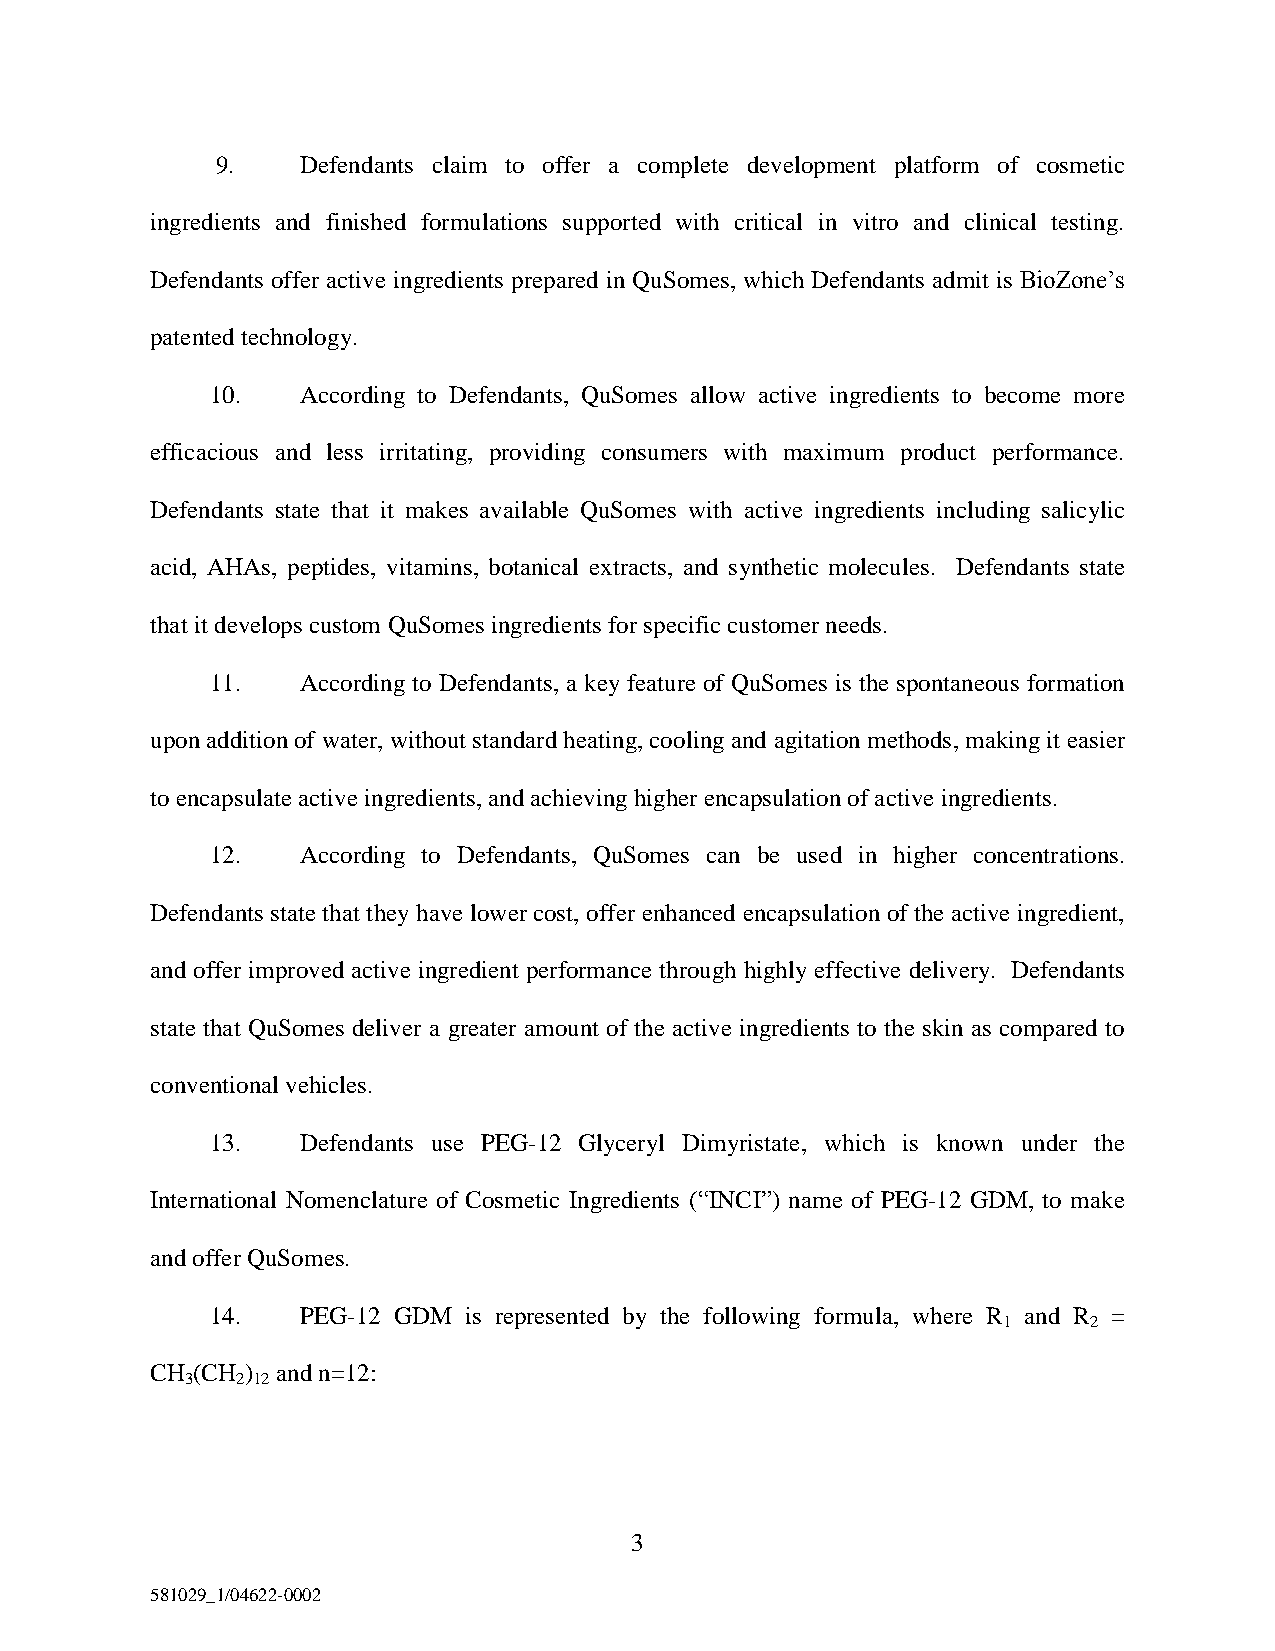
9.    Defendants claim to offer a complete development platform of cosmetic
 ingredients and finished formulations supported with critical in vitro and clinical testing.
 Defendants offer active ingredients prepared in QuSomes, which Defendants admit is BioZone’s
 patented technology.
 10.   According to Defendants, QuSomes allow active ingredients to become more
 efficacious and less irritating, providing consumers with maximum product performance.
 Defendants state that it makes available QuSomes with active ingredients including salicylic
 acid, AHAs, peptides, vitamins, botanical extracts, and synthetic molecules. Defendants state
 that it develops custom QuSomes ingredients for specific customer needs.
 11.   According to Defendants, a key feature of QuSomes is the spontaneous formation
 upon addition of water, without standard heating, cooling and agitation methods, making it easier
 to encapsulate active ingredients, and achieving higher encapsulation of active ingredients.
 12.   According to Defendants, QuSomes can be used in higher concentrations.
 Defendants state that they have lower cost, offer enhanced encapsulation of the active ingredient,
 and offer improved active ingredient performance through highly effective delivery. Defendants
 state that QuSomes deliver a greater amount of the active ingredients to the skin as compared to
 conventional vehicles.
 13.   Defendants use PEG-12 Glyceryl Dimyristate, which is known under the
 International Nomenclature of Cosmetic Ingredients (“INCI”) name of PEG-12 GDM, to make
 and offer QuSomes.
 14.   PEG-12 GDM is represented by the following formula, where R and R =
 1     2
 CH (CH ) and n=12:
 3   2 12
 3
 581029_1/04622-0002